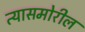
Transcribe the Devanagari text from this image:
त्यासमोरील